Subject: cs
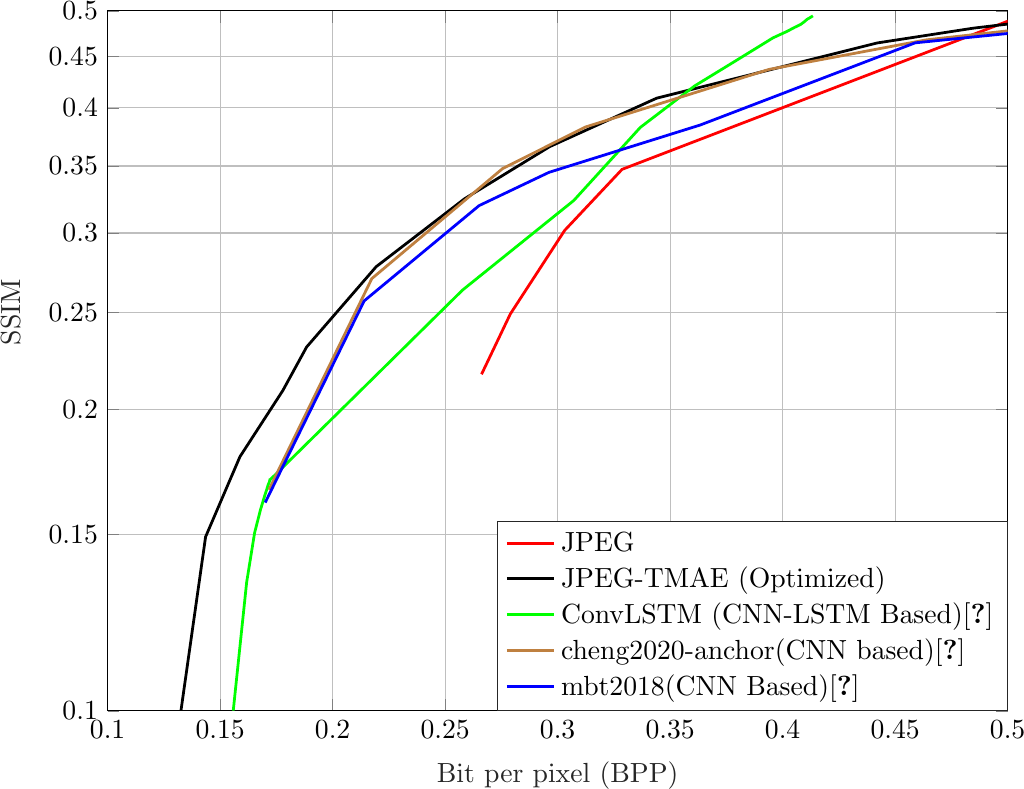
LaTeX code:
\begin{tikzpicture}

\begin{axis}[%
width=4.5in,
height=3.5in,
scale only axis,
xmin=0.1,
xmax=0.5,
xlabel style={font=\color{white!15!black}, at={(axis cs: 0.3,0.1)}},
xlabel={Bit per pixel (BPP)},
ymode=log,
ymin=0.1,
ymax=0.5,
yminorticks=true,
ytick = {0.1,0.15,0.2, 0.25, 0.3, 0.35, 0.4, .45, .5},
yticklabels = {0.1,0.15,0.2, 0.25, 0.3, 0.35, 0.4, 0.45, 0.5},
ylabel style={font=\color{white!15!black}, at={(axis cs: 0.1,0.25)}},
ylabel={SSIM},
axis background/.style={fill=white},
xmajorgrids,
ymajorgrids,
yminorgrids,
legend style={at={(axis cs: 0.5,0.1)}, anchor=south east, legend cell align=left, align=left, draw=white!15!black}
]
\addplot [color=red, line width=1.0pt]
  table[row sep=crcr]{%
0.26616974914966	0.216819795287559\\
0.266302614795918	0.217076911094681\\
0.278984640731293	0.249056392831938\\
0.303139615221088	0.301838144106932\\
0.328636532738095	0.347287831829525\\
0.566931069302721	0.557600654247583\\
};
\addlegendentry{JPEG}

\addplot [color=black, line width=1.0pt]
  table[row sep=crcr]{%
0.131384194302721	0.0957299056703332\\
0.143541400935374	0.149210727406744\\
0.158814306972789	0.179399724771426\\
0.17784731079932	0.208815158187379\\
0.188436702806122	0.230824914521954\\
0.219334608843537	0.2776170957478\\
0.258576477465986	0.324522948655854\\
0.296463116496599	0.365897396562047\\
0.34402237457483	0.409028052413993\\
0.442017431972789	0.464381009398488\\
0.484634088010204	0.480418601139433\\
0.561330782312925	0.503685930965175\\
};
\addlegendentry{JPEG-TMAE (Optimized)}

\addplot [color=green, line width=1.0pt]
  table[row sep=crcr]{%
0.15583462185329858    0.10005479852202352\\
0.1617889404296875     0.13439492852385929\\
0.16532474093967017    0.15059053639389894\\
0.16795010036892366    0.15883068032018086\\
0.16986423068576387    0.16415489353010065\\
0.17078823513454863    0.16656789836941904\\
0.17131720648871526    0.16811935272638226\\
0.17161220974392363    0.16865256504237\\
0.17186652289496526    0.16927173673077942\\
0.17205047607421875    0.16978527558660705\\
0.1721369425455729     0.17018323184257259\\
0.17225731743706596    0.1701982345665436\\
0.17243872748480904    0.17030083823028472\\
0.17266591389973954    0.17049914467515284\\
0.2577395968967014     0.26311950422145176\\
0.3071738349066841     0.32328938829565285\\
0.33673434787326384    0.3824002583473112\\
0.3608957926432292     0.4207165501303598\\
0.3771396213107639     0.4428826127495627\\
0.38805389404296875    0.45852518054993957\\
0.3957095675998265     0.46985682074589286\\
0.4020572238498264     0.47701610728861965\\
0.40517340766059035    0.4811334995592545\\
0.4079615275065105     0.4845167843088319\\
0.40952131483289916    0.48739381847968577\\
0.4108784993489584     0.4903266787751413\\
0.412324693467882      0.4924518318067699\\
0.4134462144639757     0.49421304458665083\\
};
\addlegendentry{ConvLSTM (CNN-LSTM Based)\cite{ConvLSTM}}

\addplot [color=brown, line width=1.0pt]
  table[row sep=crcr]{%
0.17167522 0.16625049\\
0.21742701 0.27015172\\
0.27555805 0.34790647\\
0.31232452 0.38280889\\
0.39392401 0.43696703\\
0.46371333 0.46766172\\
0.58388265 0.50097406\\
0.77102294 0.53066724\\
1.01181511 0.54945989\\
};
\addlegendentry{cheng2020-anchor(CNN based)\cite{cheng2020image}}

\addplot [color=blue, line width=1.0pt]
  table[row sep=crcr]{%
0.17003716 0.16144037\\
0.21402232 0.25665099\\
0.26508416 0.31950167\\
0.29616631 0.34490801\\
0.36334144 0.38455074\\
0.45891232 0.46451866\\
0.57301500 0.49298646\\
0.74923282 0.52114487\\
0.86121707 0.53466851\\
};
\addlegendentry{mbt2018(CNN Based)\cite{minnenbt18}}

\end{axis}

\end{tikzpicture}%